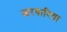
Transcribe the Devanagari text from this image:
जरवारिया